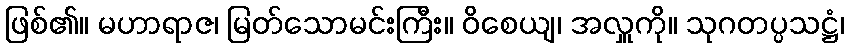
ဖြစ်၏။ မဟာရာဇ၊ မြတ်သောမင်းကြီး။ ဝိစေယျ၊ အလှူကို။ သုဂတပ္ပသဋ္ဌံ၊